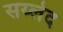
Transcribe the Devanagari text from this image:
सय्लेद